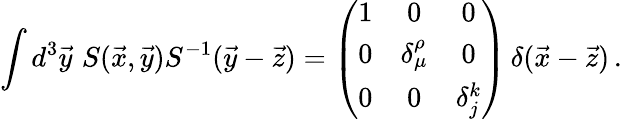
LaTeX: \int d^{3}\vec{y}\, \, S(\vec{x},\vec{y})S^{-1}(\vec{y}-\vec{z})=\left(\begin{array}{ccc}{{1}}&{{0}}&{{0}}\\ {{0}}&{{\delta_{\mu}^{\rho}}}&{{0}}\\ {{0}}&{{0}}&{{\delta_{j}^{k}}}\end{array}\right)\, \delta(\vec{x}-\vec{z})\, .